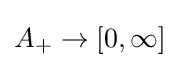
A_{+}\to [0,\infty ]